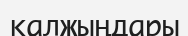
қалжыңдары